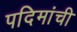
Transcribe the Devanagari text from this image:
पदिमांची